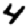
Digit: 4